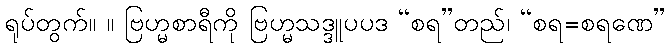
ရုပ်တွက်။ ။ ဗြဟ္မစာရီကို ဗြဟ္မသဒ္ဒူပပဒ “စရ”တည်၊ “စရ=စရဏေ”